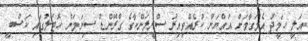
އަލީ ހަމީދު އެމަގާމަށް އައްޔަން ކުރެއްވިއިރު ސްރީލަންކާގެ ގްރޭންޑް ސިނަމަން ހޮޓަލުގައި ކަސްބީ